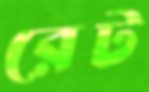
রেট